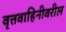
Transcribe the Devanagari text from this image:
वृत्तवाहिनीवरील